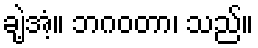
ချဲ့အံ့။ ဘဂဝတာ၊ သည်။